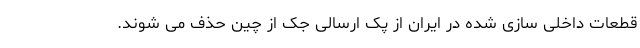
قطعات داخلی سازی شده در ایران از پک ارسالی جک از چین حذف می شوند.